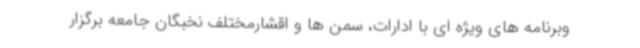
وبرنامه های ویژه ای با ادارات، سمن ها و اقشارمختلف نخبگان جامعه برگزار